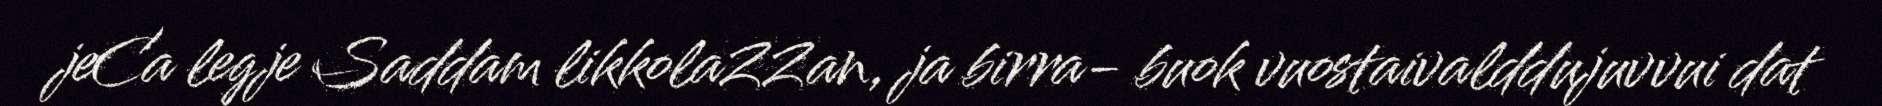
jeCa legje Saddam likkolaZZan, ja birra- buok vuostaivalddujuvvui dat